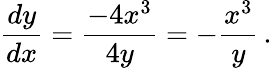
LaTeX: {\frac{dy}{dx}}={\frac{-4x^{3}}{4y}}=-{\frac{x^{3}}{y}}\, .